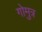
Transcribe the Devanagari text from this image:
गोमुत्र